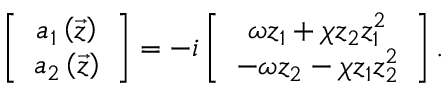
\left[ \begin{array} { c } { a _ { 1 } \left( \vec { z } \right) } \\ { a _ { 2 } \left( \vec { z } \right) } \end{array} \right] = - i \left[ \begin{array} { c } { \omega z _ { 1 } + \chi z _ { 2 } z _ { 1 } ^ { 2 } } \\ { - \omega z _ { 2 } - \chi z _ { 1 } z _ { 2 } ^ { 2 } } \end{array} \right] .